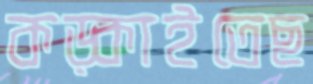
কড়্‌কাইতেছ